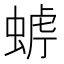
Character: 𧌧